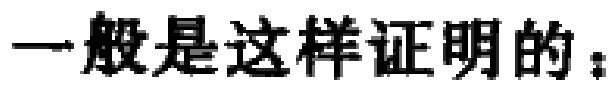
一般是这样证明的：